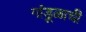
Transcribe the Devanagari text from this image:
गांडूळाची